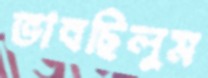
ভাবছিলুম